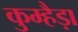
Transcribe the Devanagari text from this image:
कुम्हैड़ा